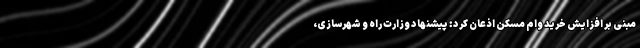
مبنی بر افزایش خرید وام مسکن اذعان کرد: پیشنهاد وزارت راه و شهرسازی،